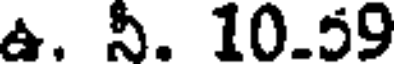
ఉ. నీ. 10.59